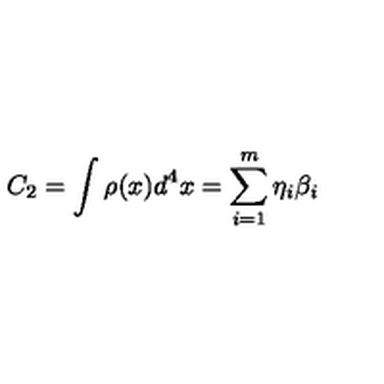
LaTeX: C _ { 2 } = \int \rho ( x ) d ^ { 4 } x = \sum _ { i = 1 } ^ { m } \eta _ { i } \beta _ { i }